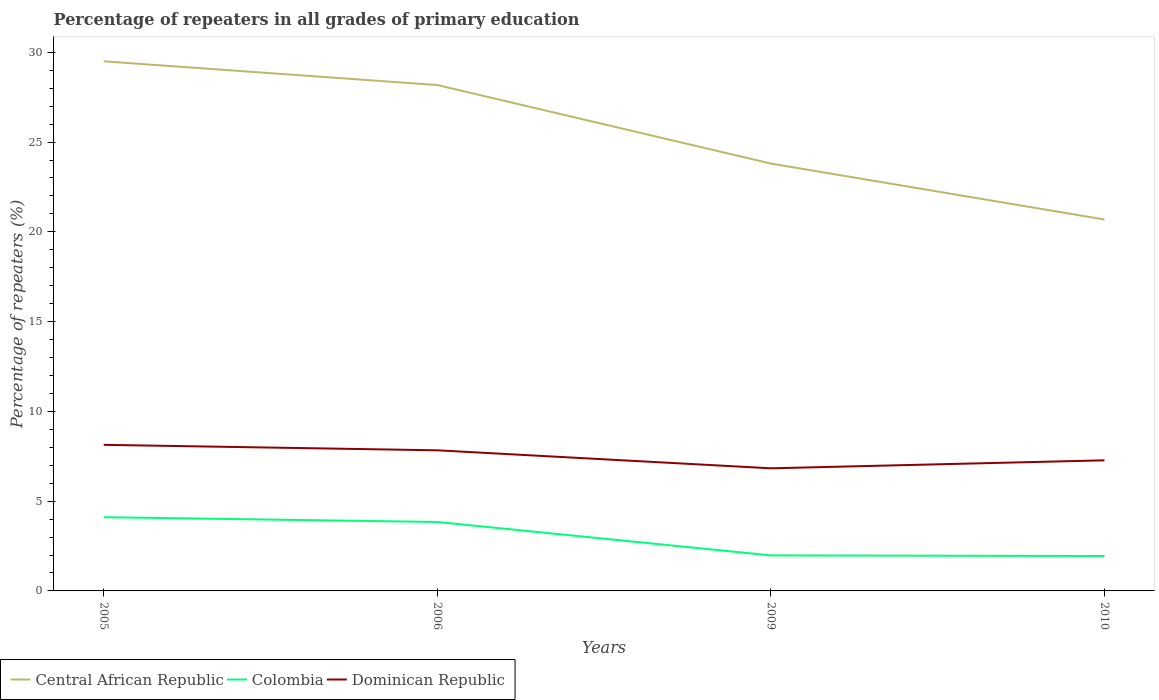
| Years | Central African Republic | Colombia | Dominican Republic |
 | --- | --- | --- | --- |
 | 2005 | 29.5 | 4.11 | 8.14 |
 | 2006 | 28.2 | 3.84 | 7.83 |
 | 2009 | 23.8 | 1.98 | 6.83 |
 | 2010 | 20.7 | 1.94 | 7.27 |